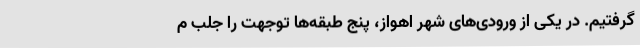
گرفتیم. در یکی از ورودی‌های شهر اهواز، پنج طبقه‌ها توجهت را جلب م